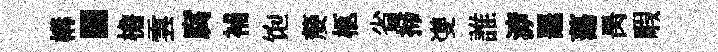
構·檐雲腐補饱嫠柩省掃㕠誰㴑鼉蕩昺睱